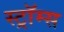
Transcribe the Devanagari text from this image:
स्ट्रॉम्स